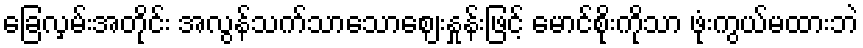
ခြေလှမ်းအတိုင်း အလွန်သက်သာသောဈေးနှုန်းဖြင့် မောင်စိုးကိုသာ ဖုံးကွယ်မထားဘဲ